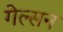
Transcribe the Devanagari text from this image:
गेल्सन